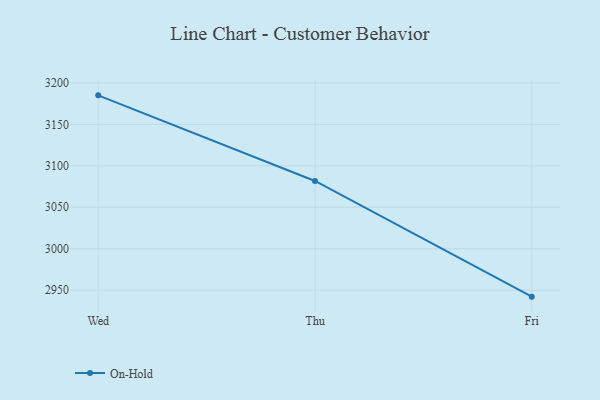
{"axis": {"x": "Day", "y": "Market Share (%)"}, "legend": ["On-Hold"], "data": [{"x": "Wed", "y": 3185.0, "type": "On-Hold"}, {"x": "Thu", "y": 3081.7, "type": "On-Hold"}, {"x": "Fri", "y": 2942.2, "type": "On-Hold"}]}